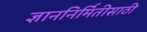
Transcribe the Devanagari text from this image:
ज्ञाननिर्मितीसाठी